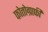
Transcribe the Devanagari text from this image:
फोतोग्राफी